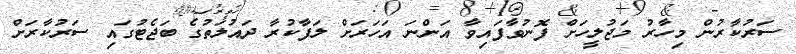
ސަރުކާރުން މިހާރު މަޖުލީހަށް ފޮނުވާފައިވާ އަންނަ އަހަރަށް ލަފާކުރާ ދައުލަތުގެ ބަޖެޓުގައި ސަރުކާރަށް